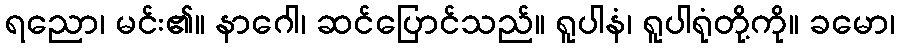
ရညော၊ မင်း၏။ နာဂေါ၊ ဆင်ပြောင်သည်။ ရူပါနံ၊ ရူပါရုံတို့ကို။ ခမော၊